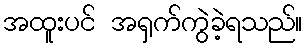
အထူးပင် အရှက်ကွဲခဲ့ရသည်။